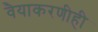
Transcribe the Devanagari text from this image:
वैयाकरणीही